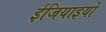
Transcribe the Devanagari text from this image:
ईजियाइयों